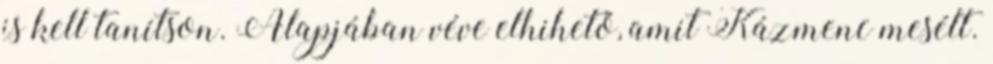
is kell tanítson. Alapjában véve elhihető, amit Kázmenc mesélt.